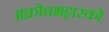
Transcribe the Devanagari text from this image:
॥क्रोधभट्टारको